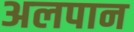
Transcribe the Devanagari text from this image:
अलपान